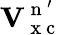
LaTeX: \mathbf{V}_{\mathrm{~x~c~}}^{\mathrm{~n~}^{\prime}}